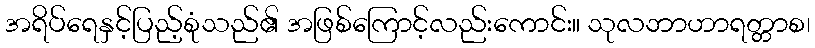
အရိပ်ရေနှင့်ပြည့်စုံသည်၏ အဖြစ်ကြောင့်လည်းကောင်း။ သုလဘာဟာရတ္တာစ၊